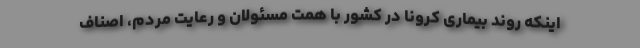
اینکه روند بیماری کرونا در کشور با همت مسئولان و رعایت مردم، اصناف